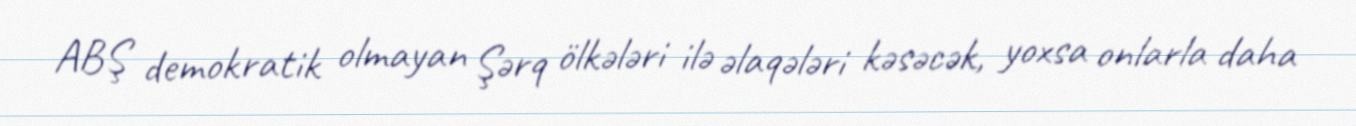
ABŞ demokratik olmayan Şərq ölkələri ilə əlaqələri kəsəcək, yoxsa onlarla daha